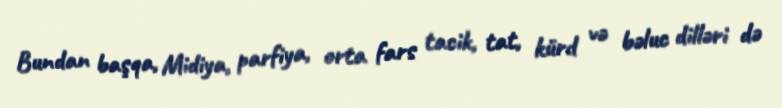
Bundan başqa, Midiya, parfiya, orta fars tacik, tat, kürd və bəluc dilləri də